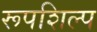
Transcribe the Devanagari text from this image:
रूपशिल्प